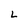
Character: L